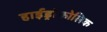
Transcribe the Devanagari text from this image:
हाईड्रोफोलिक